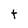
Character: t